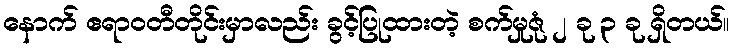
နောက် ဧရာဝတီတိုင်းမှာလည်း ခွင့်ပြုထားတဲ့ စက်မှုဇုံ ၂ ခု ၃ ခု ရှိတယ်။